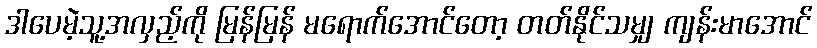
ဒါပေမဲ့သူ့အလှည့်ကို မြန်မြန် မရောက်အောင်တော့ တတ်နိုင်သမျှ ကျန်းမာအောင်